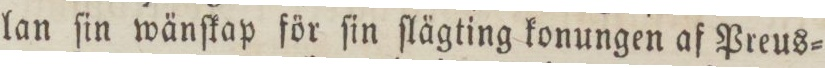
lan ſin wänſkap för ſin ſlägting konungen af Preus=